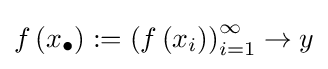
f\left(x_{\bullet }\right):=\left(f\left(x_{i}\right)\right)_{i=1}^{\infty }\to y